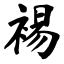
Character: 裼